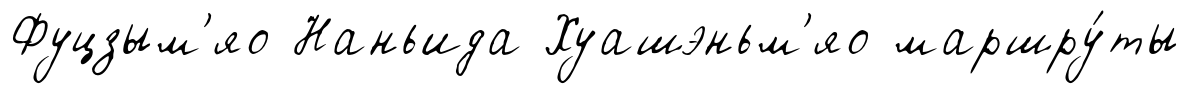
Фуцзым'яо Наньида Хуашэньм'яо маршру́ты